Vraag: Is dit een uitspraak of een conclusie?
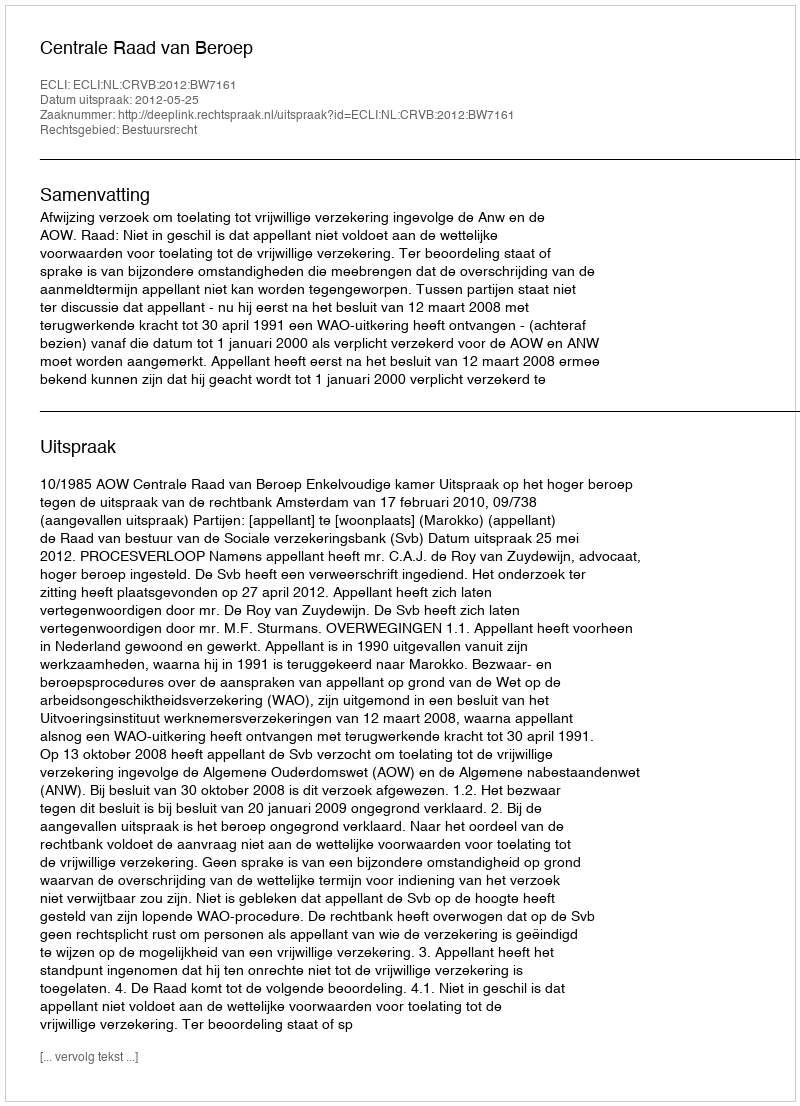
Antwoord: Uitspraak